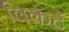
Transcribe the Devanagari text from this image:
विकॅटें